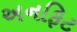
અનફિટ